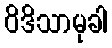
ဝိဒိသာမုခါ